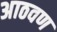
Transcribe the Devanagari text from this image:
अाठवण